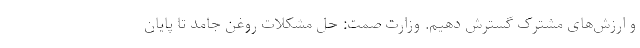
و ارزش‌های مشترک گسترش دهیم. وزارت صمت: حل مشکلات روغن جامد تا پایان